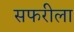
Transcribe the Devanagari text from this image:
सफरीला